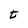
Character: t